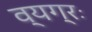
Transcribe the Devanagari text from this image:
व्यग्रः